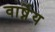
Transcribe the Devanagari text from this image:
वार्ष्नेय